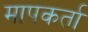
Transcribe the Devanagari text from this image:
मापकर्ता